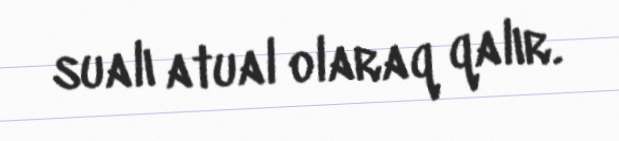
sualı atual olaraq qalır.